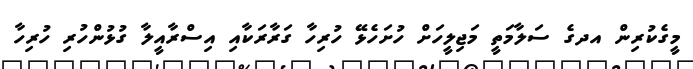
މީގެކުރިން އދގެ ސަލާމަތީ މަޖިލީހަށް ހުށަހެޅޭ ހުރިހާ ގަރާރަކާއި އިސްރާއީލާ ގުޅުންހުރި ހުރިހާ